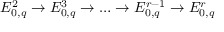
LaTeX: E _ { 0 , q } ^ { 2 } \to E _ { 0 , q } ^ { 3 } \to \dots \to E _ { 0 , q } ^ { r - 1 } \to E _ { 0 , q } ^ { r }